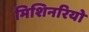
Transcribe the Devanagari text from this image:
मिशिनरियो